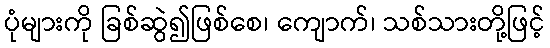
ပုံများကို ခြစ်ဆွဲ၍ဖြစ်စေ၊ ကျောက်၊ သစ်သားတို့ဖြင့်